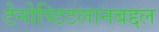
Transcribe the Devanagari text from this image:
टेनोच्टिटलानबद्दल